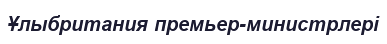
Ұлыбритания премьер-министрлері